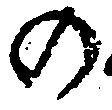
の